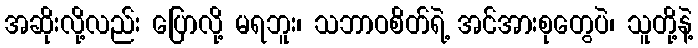
အဆိုးလို့လည်း ပြောလို့ မရဘူး၊ သဘာဝစိတ်ရဲ့ အင်အားစုတွေပဲ၊ သူတို့နဲ့